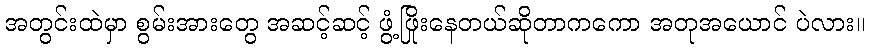
အတွင်းထဲမှာ စွမ်းအားတွေ အဆင့်ဆင့် ဖွံ့ဖြိုးနေတယ်ဆိုတာကကော အတုအယောင် ပဲလား။